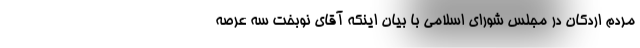
مردم اردکان در مجلس شورای اسلامی با بیان اینکه آقای نوبخت سه عرصه